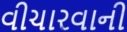
વીચારવાની